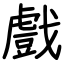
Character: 戲